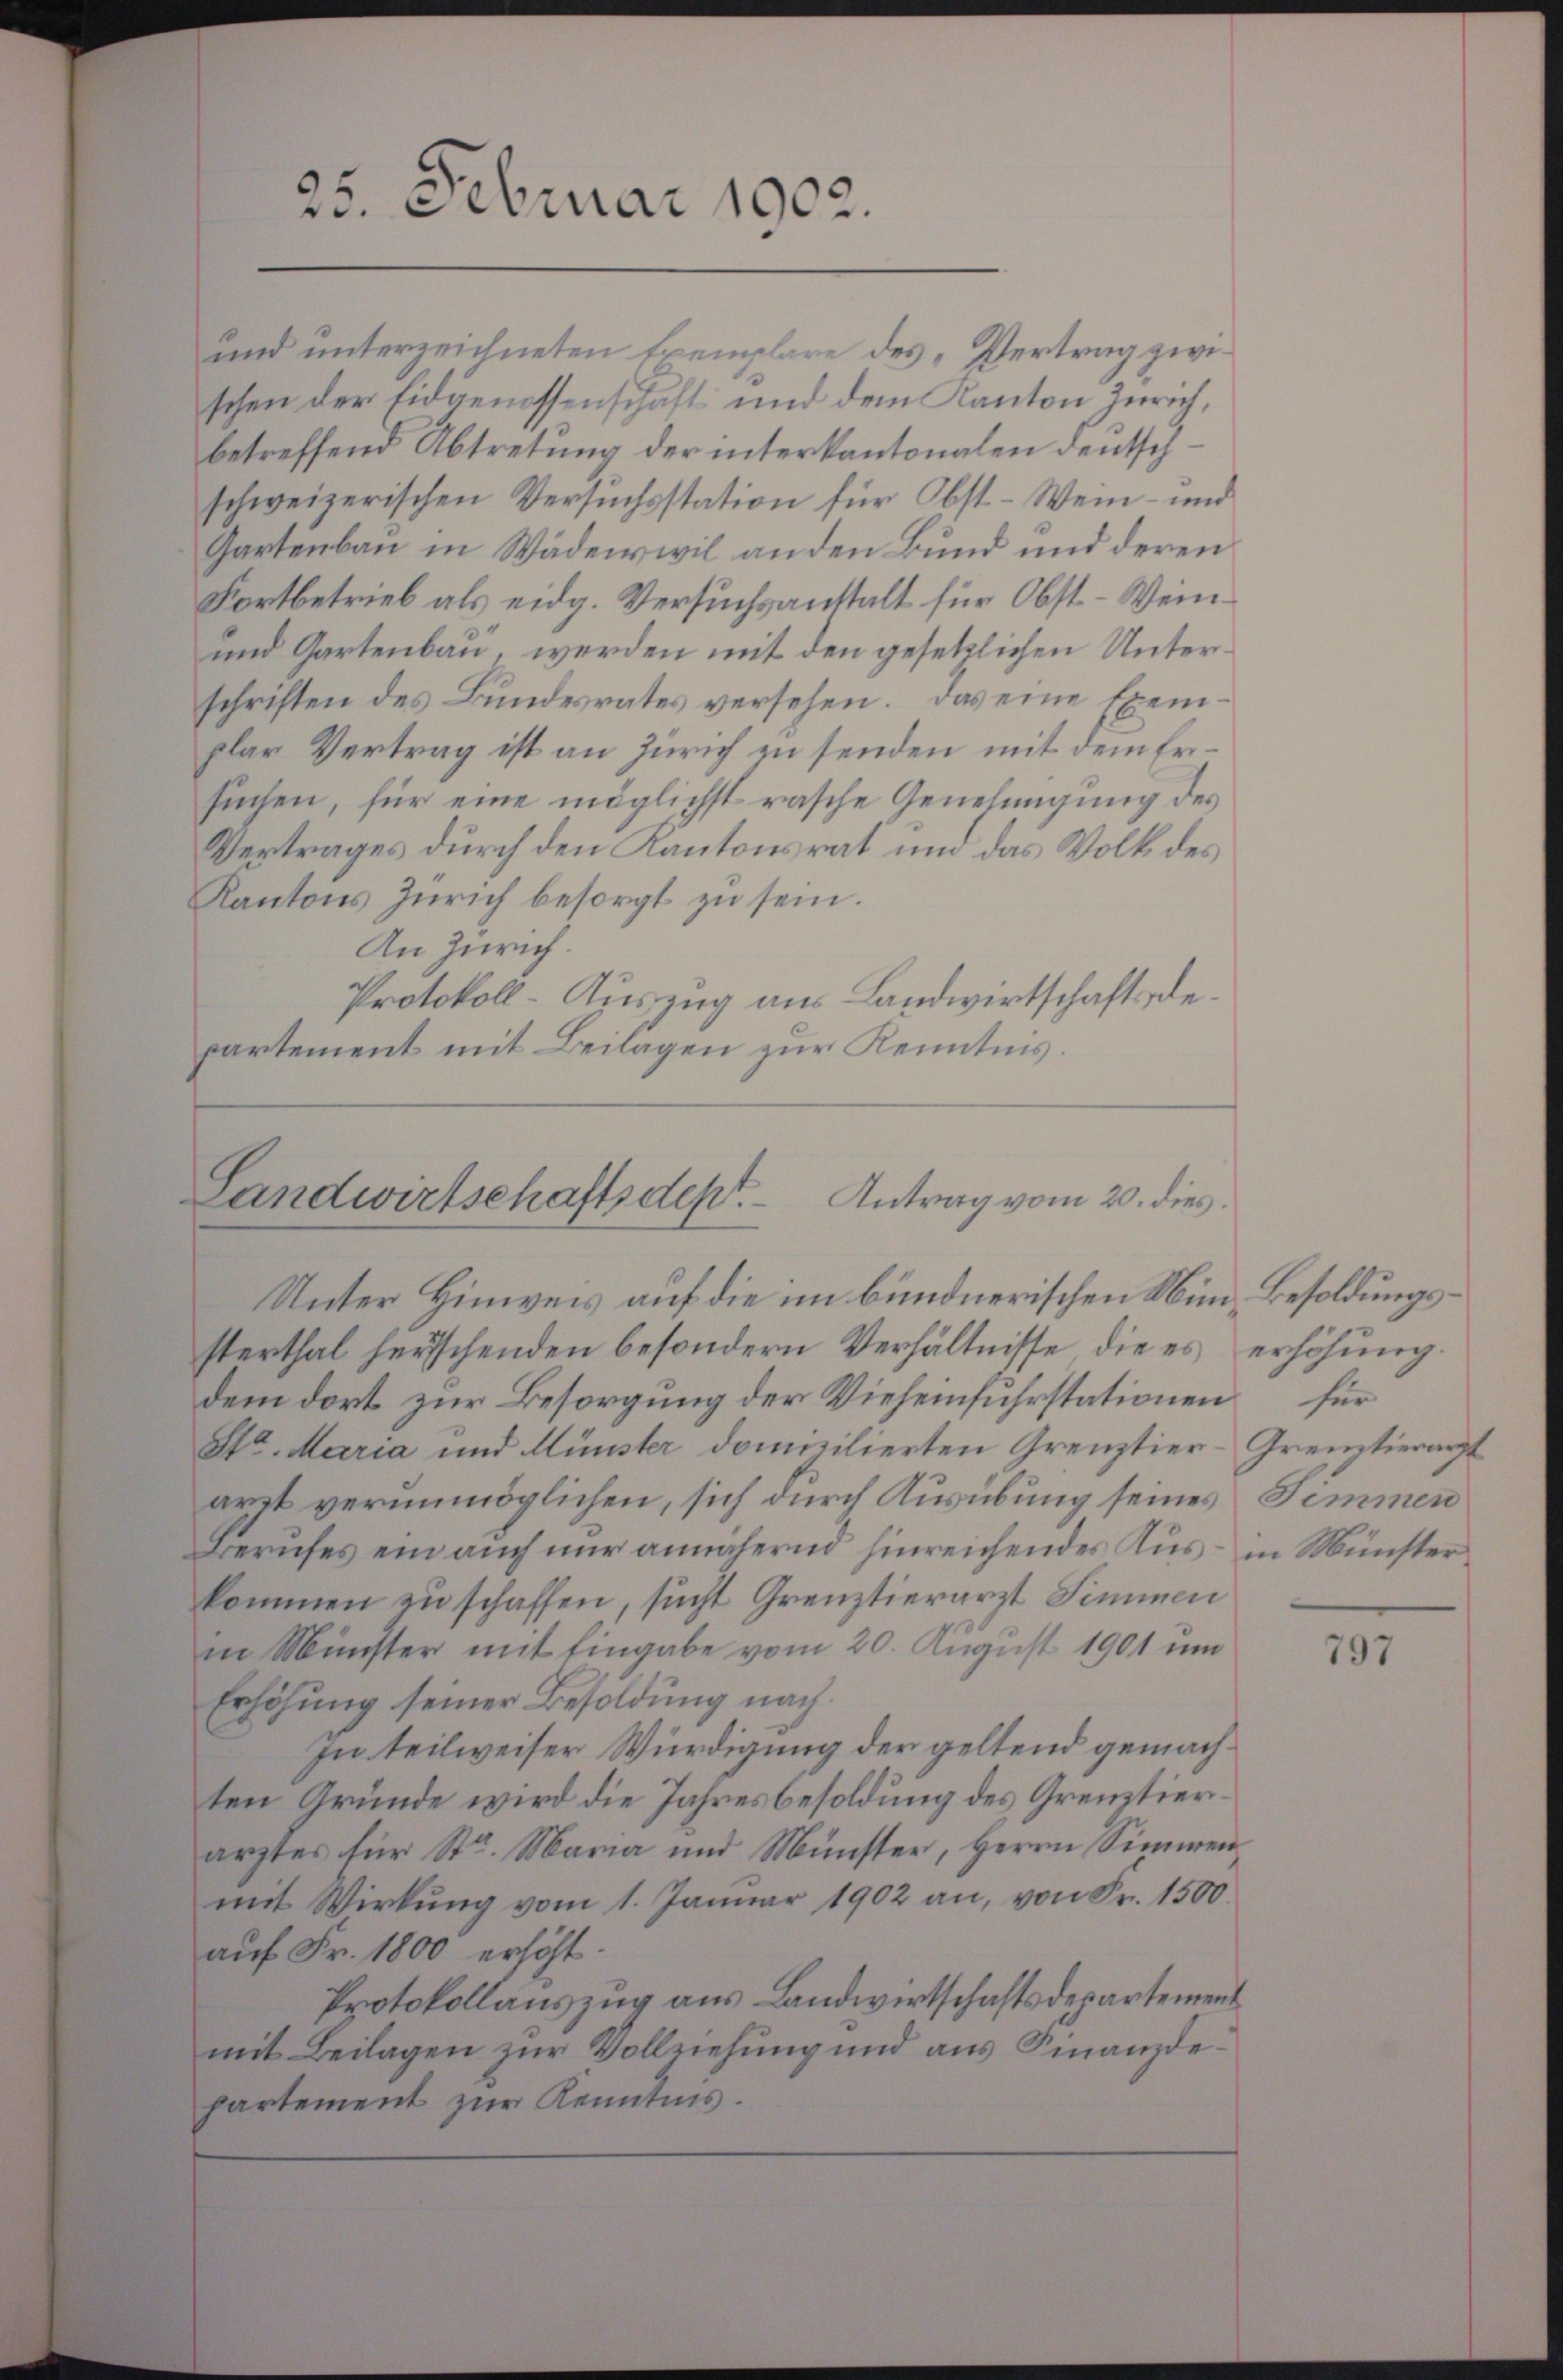
25. Februar 1902.

und unterzeichneten Exemplare des „Vertrag zwischen der Eidgenossenschaft und dem Kanton Zürich,
betreffend Abtretung der interkantonalen deutschschweizerischen Versŭchsstation für Obst-Wein- und
Gartenbau in Wädenswil anden Bund und deren
Fortbetrieb als eidg. Versuchsanstalt für Obst-Wein¬
und Gartenbau, werden mit den gesetzlichen Unterschriften des Bundesrates versehen. Das eine Exemplar Vertrag ist an Zürich in senden mit dem Ersuchen, für eine möglichst rasche Genehmigung des
Vertrages durch den Kantonsrat und das Volk des
Kantons Zürich besorgt zu sein.
An Zürich.
Protokoll-Auszug aus Landwirtschaftsdepartement mit Beilagen zur Kenntnis.

Landwirtschaftsdept. Antrag vom 20. dies

Unter Hinweis auf die im bündnerischen Nim Besoldungssterthal herischenden besondern Verhältnisse die es erhöhŭng.
dem dort zur Besorgung der Vieheinfuhrstationen für
Str. Maria und Münster domizilierten Grenztier
arzt verunmöglichen, sich durch Ausübung seines Simmen
Berufes ein auch nur annähernd hinreichendes Aus- in Münster
kommen zu schaffen, sucht Grenztierarzt Simmen
in Münster mit Eingabe vom 20. August 1901 un
Erhöhung seiner Besoldung nach¬
In teilweiser Würdigung der geltend gemachten Gründe wird die Jahresbesoldung des Grenztierarztes für Str. Maria und Münster, Herrn Simmenmit Wirkung vom 1. Januar 1902 an, von Fr. 1500.
auf Fr. 1800 erhöht.
Protokollauszug aus Landwirtschaftsdepartement
mit Beilagen zur Vollziehung und aus Finanzdepartement zur Kenntnis.

Grenztierarzt

797